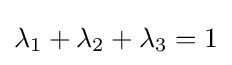
\lambda _{1}+\lambda _{2}+\lambda _{3}=1